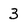
Character: 3